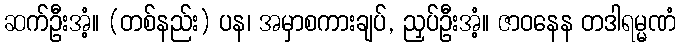
ဆက်ဦးအံ့။ (တစ်နည်း) ပန၊ အမှာစကားချပ်, ညှပ်ဦးအံ့။ ဇာဝနေန တဒါရမ္မဏံ